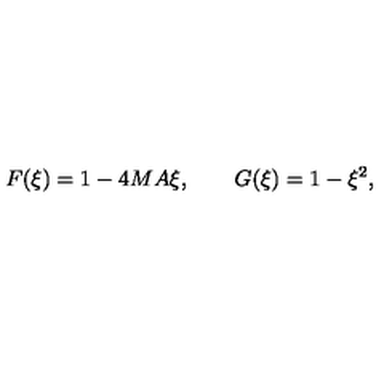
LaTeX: F ( \xi ) = 1 - 4 M A \xi , \qquad G ( \xi ) = 1 - \xi ^ { 2 } ,